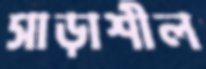
সাড়াশীল